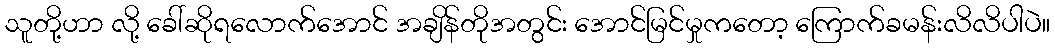
သူတို့ဟာ လို့ ခေါ်ဆိုရလောက်အောင် အချိန်တိုအတွင်း အောင်မြင်မှုကတော့ ကြောက်ခမန်းလိလိပါပဲ။